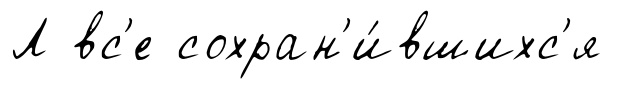
Л вс'е сохран'и́вшихс'я